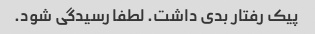
پیک رفتار بدی داشت. لطفا رسیدگی شود.